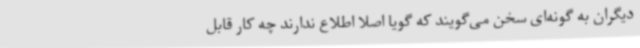
دیگران به گونه‌ای سخن می‌گویند که گویا اصلاً اطلاع ندارند چه کار قابل